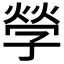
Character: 𡦃